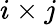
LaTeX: i\times j